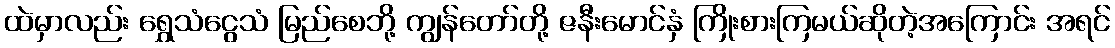
ထဲမှာလည်း ရွှေသံငွေသံ မြည်စေဘို့ ကျွန်တော်တို့ ဇနီးမောင်နှံ ကြိုးစားကြမယ်ဆိုတဲ့အကြောင်း အရင်